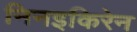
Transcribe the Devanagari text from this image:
निनइकिरेन